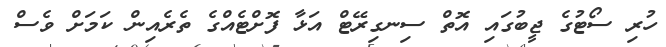
ހުރި ސޯޓުގެ ޖީބުގައި އޮތް ސިނގިރޭޓް އަޅާ ފޮށްޓެއްގެ ތެރެއިން ކަމަށް ވެސް